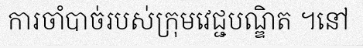
ការចាំបាច់របស់ក្រុមវេជ្ជបណ្ឌិត ។នៅ